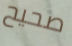
صحيح